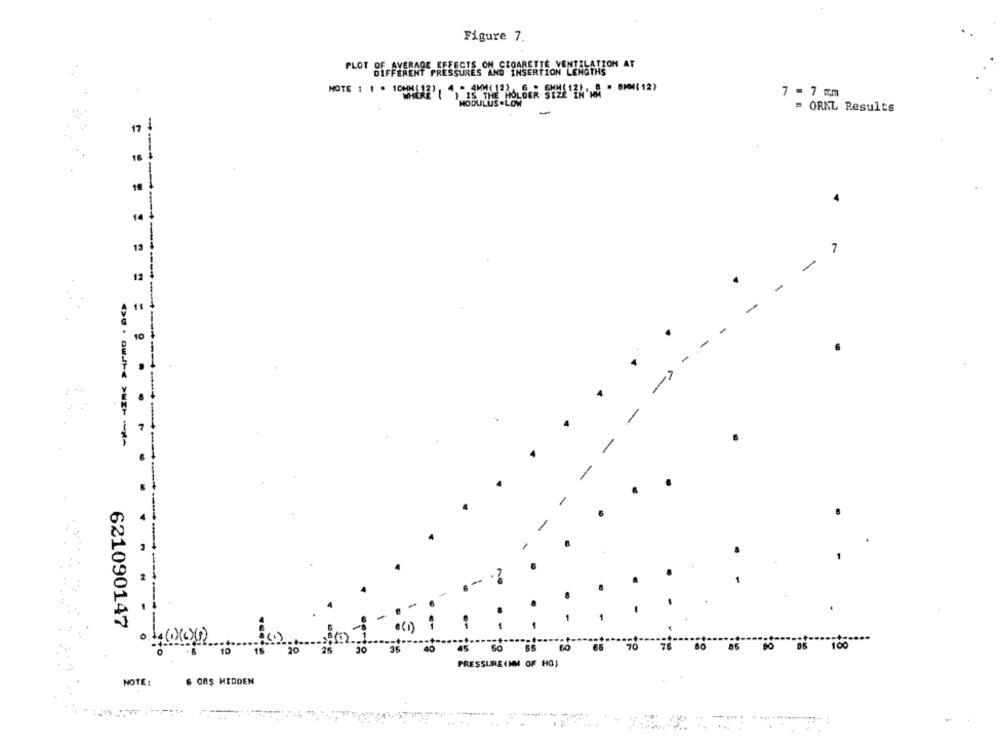
Figure 7.
YERADE EFFECTS, ON CTOARETTE. VENTILATION AT
PLOT DEFFERENT
NOTE : 1 . 1COMMENT ,-
7 - 7 mm
= ORNL Results
17
10
-
= = = = = = =
-
-
-
621090147
.( 1)
100
40
45
60 55
PRESSUREINN OF HG)
NOTE:
6 ORŞ HIDDEN